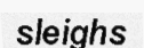
sleighs